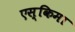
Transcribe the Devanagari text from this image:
एस्किमा